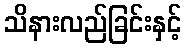
သိနားလည်ခြင်းနှင့်